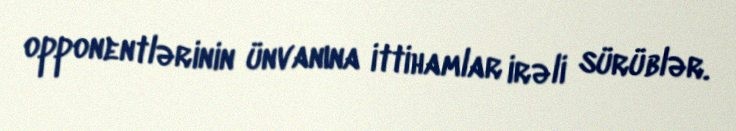
opponentlərinin ünvanına ittihamlar irəli sürüblər.